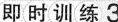
即时训练3